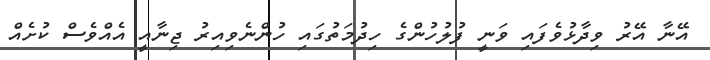
އޭނާ އޭރު ވިދާޅުވެފައި ވަނީ ފުލުހުންގެ ހިދުމަތުގައި ހުންނެވިއިރު ޖިނާއީ އެއްވެސް ކުށެއް